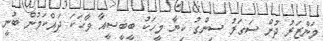
މަންޒަރު ދުށް ސަގަރު ސިންގު ކިޔާ މީހަކު ބީބީސީއާ ވާހަކަ ދައްކަމުން ބުނީ